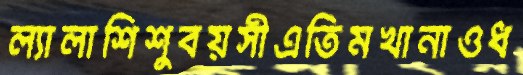
ল্যালাশিশুবয়সীএতিমখানাওধ